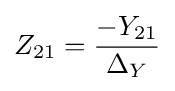
Z_{21}={-Y_{21} \over \Delta _{Y}}